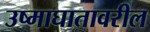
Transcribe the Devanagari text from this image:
उष्माघातावरील